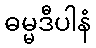
ဓမ္မဒီပါနံ